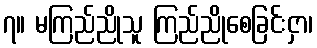
၇။ မကြည်ညိုသူ ကြည်ညိုစေခြင်းငှာ၊